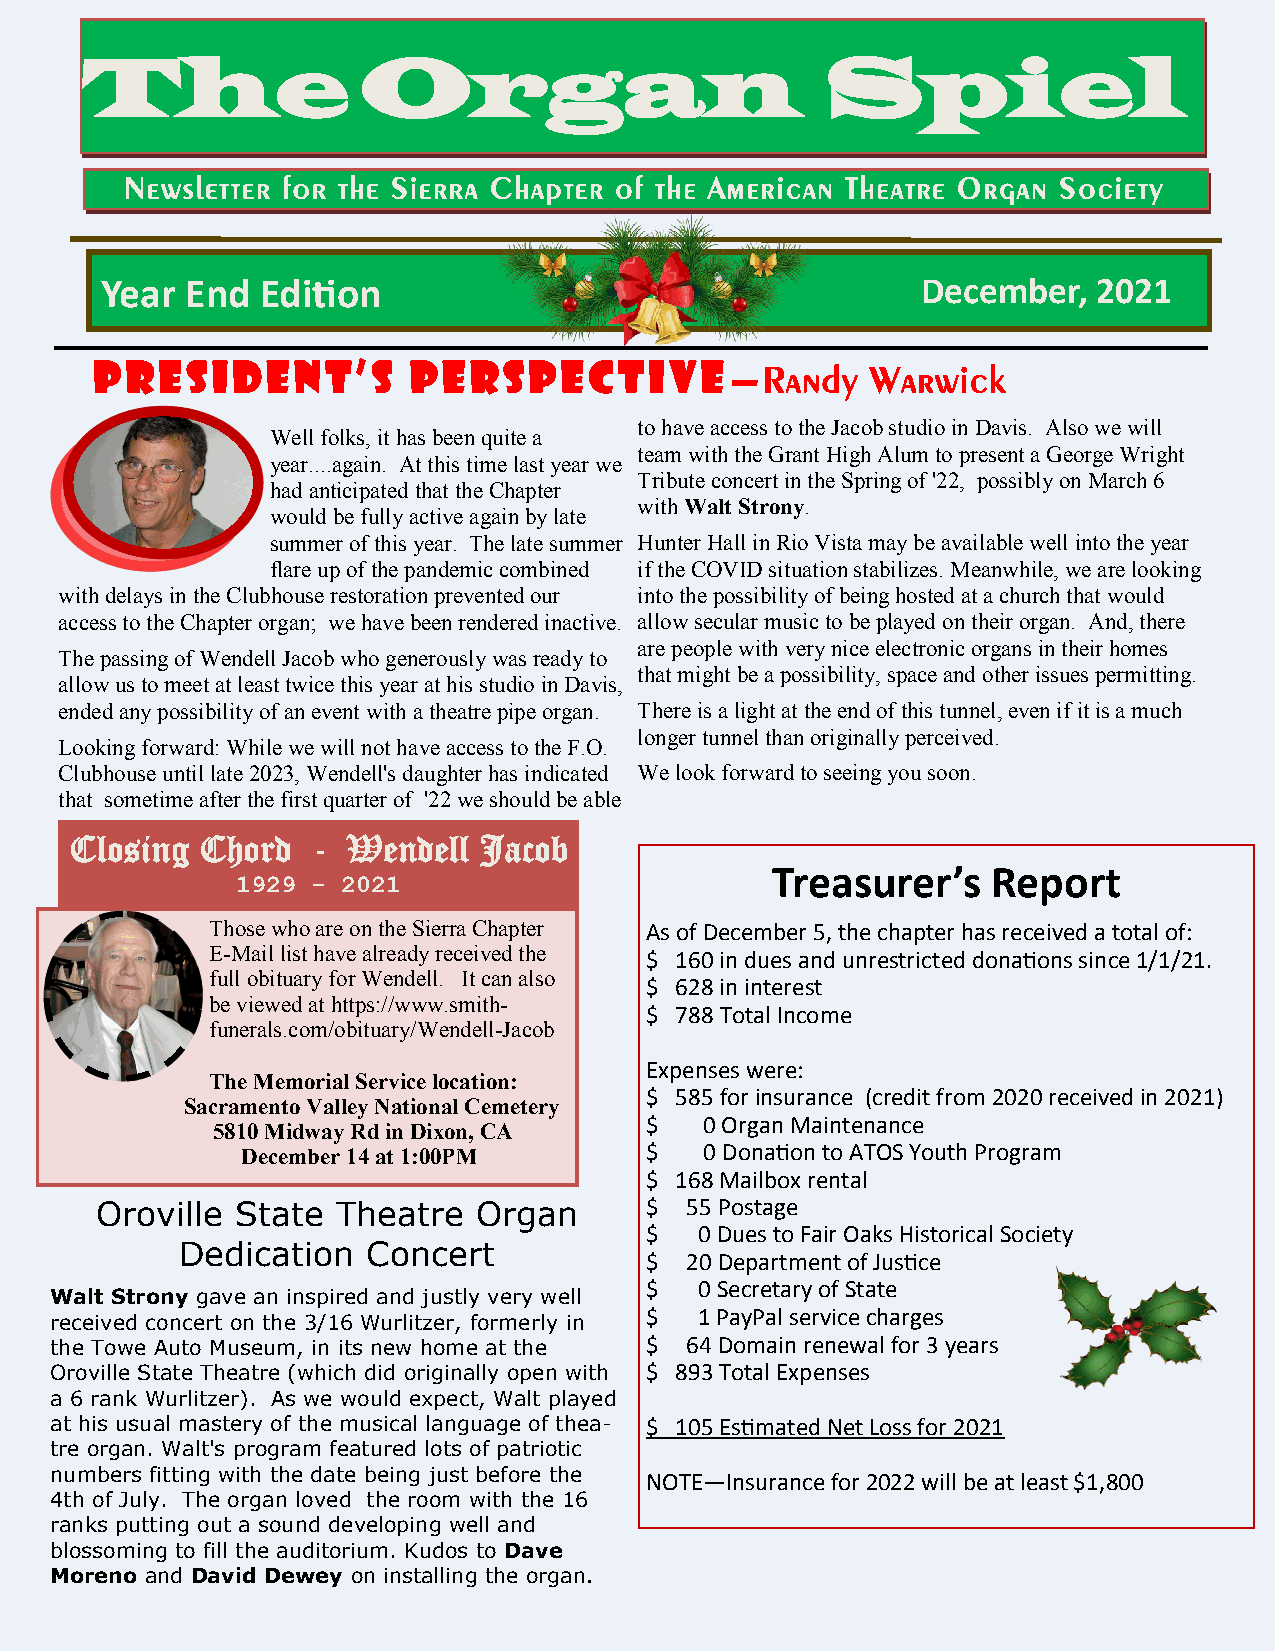
The                Organ                          Spiel
 Newsletter for the Sierra Chapter of the American Theatre Organ Society
 Year End  Edition                                     December,   2021
 President’s          perspective—Randy              Warwick
 to have access to the Jacob studio in Davis. Also we will
 Well folks, it has been quite a
 team with the Grant High Alum to present a George Wright
 year....again. At this time last year we
 Tribute concert in the Spring of '22, possibly on March 6
 had anticipated that the Chapter
 with Walt Strony.
 would be fully active again by late
 summer of this year. The late summer Hunter Hall in Rio Vista may be available well into the year
 flare up of the pandemic combined if the COVID situation stabilizes. Meanwhile, we are looking
 with delays in the Clubhouse restoration prevented our into the possibility of being hosted at a church that would
 access to the Chapter organ; we have been rendered inactive. allow secular music to be played on their organ. And, there
 are people with very nice electronic organs in their homes
 The passing of Wendell Jacob who generously was ready to
 that might be a possibility, space and other issues permitting.
 allow us to meet at least twice this year at his studio in Davis,
 ended any possibility of an event with a theatre pipe organ. There is a light at the end of this tunnel, even if it is a much
 longer tunnel than originally perceived.
 Looking forward: While we will not have access to the F.O.
 Clubhouse until late 2023, Wendell's daughter has indicated We look forward to seeing you soon.
 that sometime after the first quarter of '22 we should be able
 Closing Chord   - Wendell  Jacob
 Treasurer’s    Report
 1929 - 2021
 Those who are on the Sierra Chapter As of December 5, the chapter has received a total of:
 E-Mail list have already received the $ 160 in dues and unrestricted donations since 1/1/21.
 full obituary for Wendell. It can also
 $ 628 in interest
 be viewed at https://www.smith-
 $ 788 Total Income
 funerals.com/obituary/Wendell-Jacob
 Expenses were:
 The Memorial Service location:
 $ 585 for insurance (credit from 2020 received in 2021)
 Sacramento Valley National Cemetery
 $   0 Organ Maintenance
 5810 Midway Rd in Dixon, CA
 December 14 at 1:00PM      $   0 Donation to ATOS Youth Program
 $ 168 Mailbox rental
 Oroville  State Theatre   Organ      $ 55 Postage
 $  0 Dues to Fair Oaks Historical Society
 Dedication  Concert
 $ 20 Department of Justice
 $  0 Secretary of State
 Walt Strony gave an inspired and justly very well
 $  1 PayPal service charges
 received concert on the 3/16 Wurlitzer, formerly in
 the Towe Auto Museum, in its new home at the $ 64 Domain renewal for 3 years
 Oroville State Theatre (which did originally open with $ 893 Total Expenses
 a 6 rank Wurlitzer). As we would expect, Walt played
 at his usual mastery of the musical language of thea- $ 105 Estimated Net Loss for 2021
 tre organ. Walt's program featured lots of patriotic
 numbers fitting with the date being just before the NOTE—Insurance for 2022 will be at least $1,800
 4th of July. The organ loved the room with the 16
 ranks putting out a sound developing well and
 blossoming to fill the auditorium. Kudos to Dave
 Moreno and David Dewey on installing the organ.